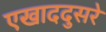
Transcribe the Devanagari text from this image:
एखाददुसरे